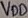
Text: VDD